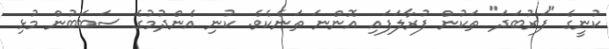
ކުނީގެ "ފަރުބަދަ" ތަކުން ފުރާލަފައި އޮންނަ ތަނެކެވެ. ކުނި އެންދުމުގެ ސަބަބުން މުޅި